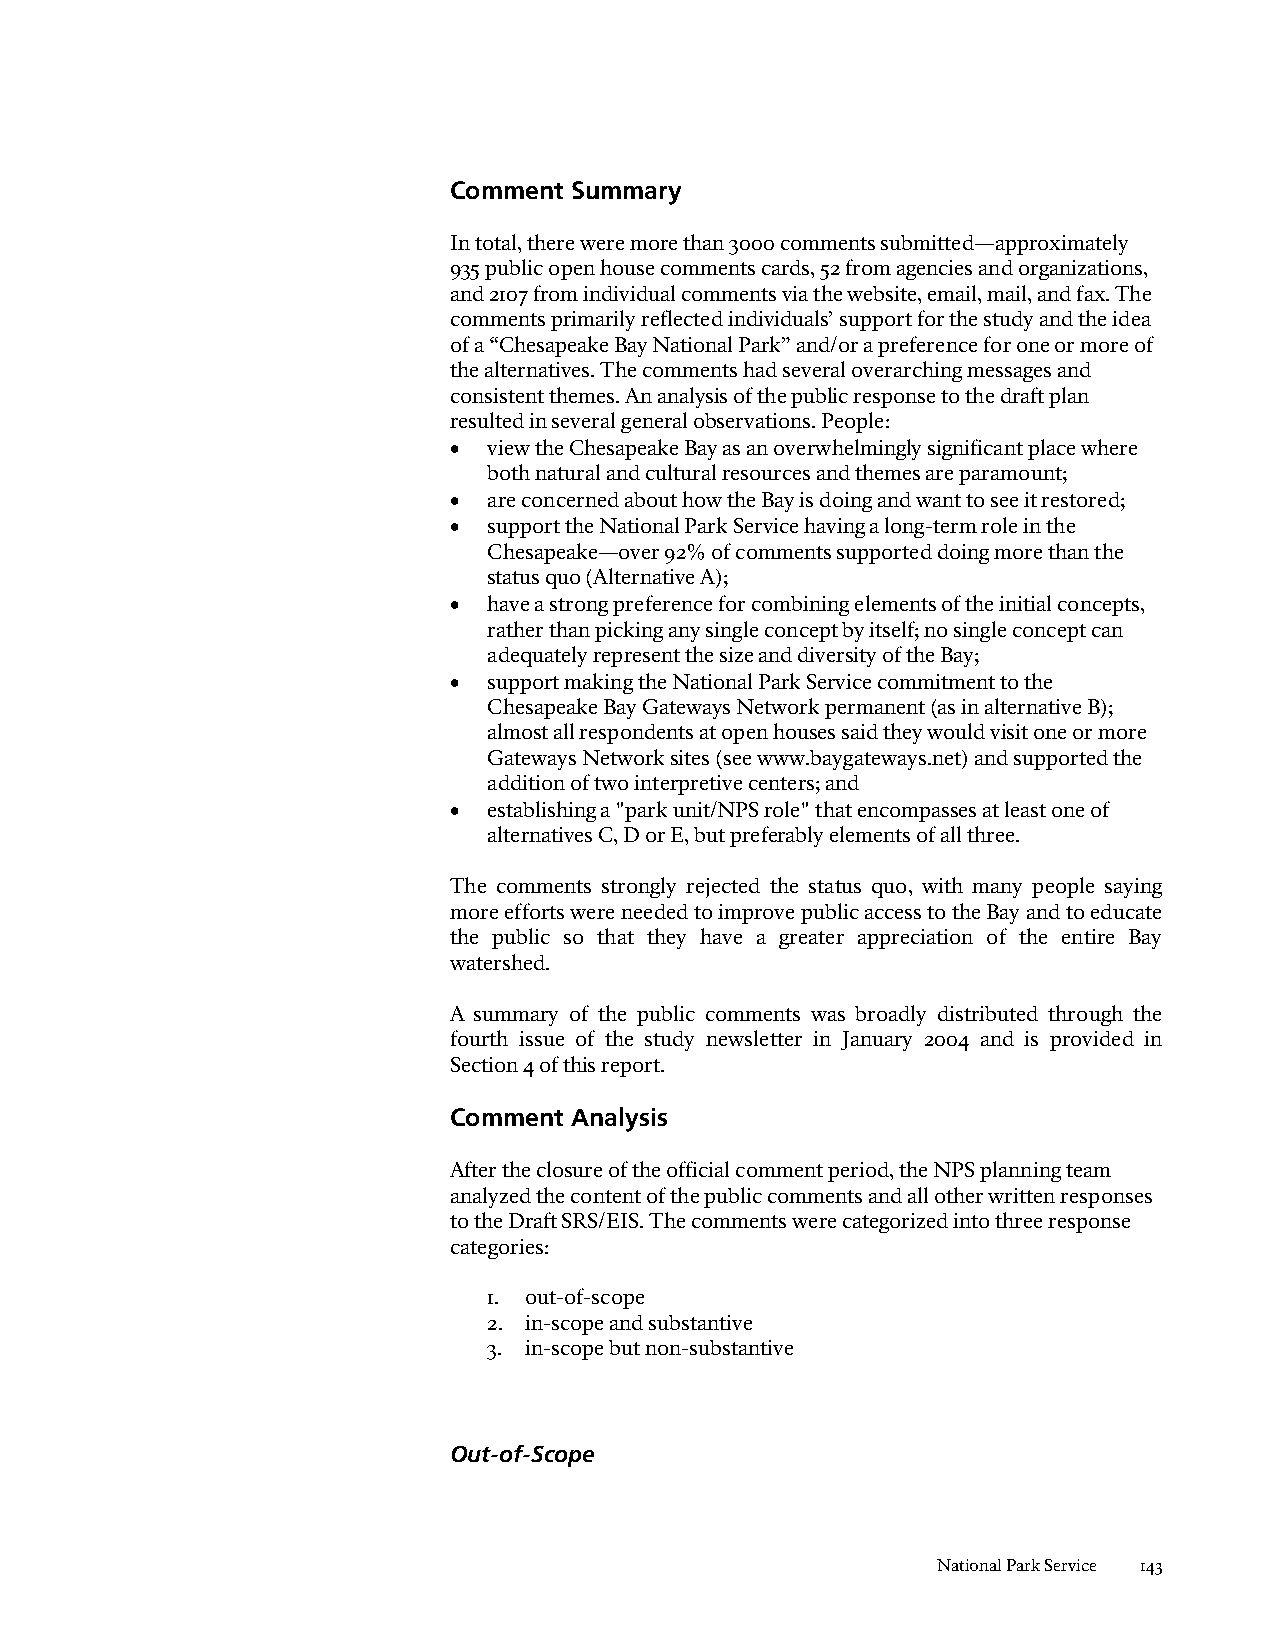
Comment Summary
 In total, there were more than 3000 comments submitted—approximately
 935 public open house comments cards, 52 from agencies and organizations,
 and 2107 from individual comments via the website, email, mail, and fax. The
 comments primarily reflected individuals’ support for the study and the idea
 of a “Chesapeake Bay National Park” and/or a preference for one or more of
 the alternatives. The comments had several overarching messages and
 consistent themes. An analysis of the public response to the draft plan
 resulted in several general observations. People:
 • view the Chesapeake Bay as an overwhelmingly significant place where
 both natural and cultural resources and themes are paramount;
 • are concerned about how the Bay is doing and want to see it restored;
 • support the National Park Service having a long-term role in the
 Chesapeake—over 92% of comments supported doing more than the
 status quo (Alternative A);
 • have a strong preference for combining elements of the initial concepts,
 rather than picking any single concept by itself; no single concept can
 adequately represent the size and diversity of the Bay;
 • support making the National Park Service commitment to the
 Chesapeake Bay Gateways Network permanent (as in alternative B);
 almost all respondents at open houses said they would visit one or more
 Gateways Network sites (see www.baygateways.net) and supported the
 addition of two interpretive centers; and
 • establishing a "park unit/NPS role" that encompasses at least one of
 alternatives C, D or E, but preferably elements of all three.
 The comments strongly rejected the status quo, with many people saying
 more efforts were needed to improve public access to the Bay and to educate
 the public so that they have a greater appreciation of the entire Bay
 watershed.
 A summary of the public comments was broadly distributed through the
 fourth issue of the study newsletter in January 2004 and is provided in
 Section 4 of this report.
 Comment Analysis
 After the closure of the official comment period, the NPS planning team
 analyzed the content of the public comments and all other written responses
 to the Draft SRS/EIS. The comments were categorized into three response
 categories:
 1. out-of-scope
 2. in-scope and substantive
 3. in-scope but non-substantive
 Out-of-Scope
 National Park Service 143